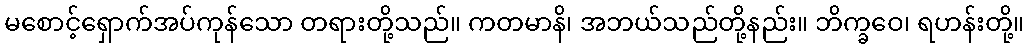
မစောင့်ရှောက်အပ်ကုန်သော တရားတို့သည်။ ကတမာနိ၊ အဘယ်သည်တို့နည်း။ ဘိက္ခဝေ၊ ရဟန်းတို့။